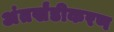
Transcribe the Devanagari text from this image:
अंतर्खंडीकरण